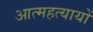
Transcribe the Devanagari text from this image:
आत्महत्यायों